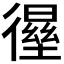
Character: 𰐸